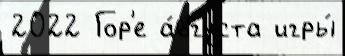
2022 Гор'е а́вгуста игры́